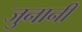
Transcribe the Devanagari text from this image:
जुनानी